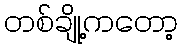
တစ်ချို့ကတော့